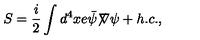
S = \frac { i } { 2 } \int d ^ { 4 } x e { \bar { \psi } } { \not \! \nabla } \psi + h . c . ,